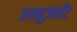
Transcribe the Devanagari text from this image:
एम्यूज़मेंट